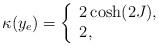
LaTeX: \begin{align*} \kappa(y_e) = \left\{ \begin{array}{ll} 2\cosh(2J), & \\ 2, & \end{array} \right.\end{align*}